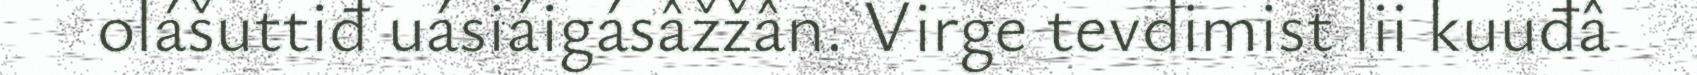
olášuttiđ uásiáigásâžžân. Virge tevdimist lii kuuđâ